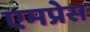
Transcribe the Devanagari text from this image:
एमप्रेस